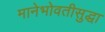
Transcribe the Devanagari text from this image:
मानेभोवतीसुद्धा